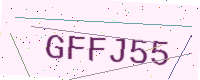
Text: GFFJ55